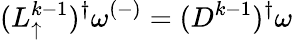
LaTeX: (L_{\uparrow}^{k-1})^{\dagger}\omega^{(-)}=(D^{k-1})^{\dagger}\omega